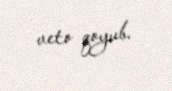
veto qoyub.